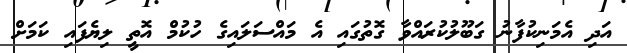
އަދި އެމަނިކުފާނު ގަބޫލުކުރައްވާ ގޮތުގައި އެ މައްސަލައިގެ ހުކުމް އޮތީ ލިޔެފައި ކަމަށް